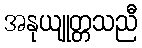
အနုယျုတ္တသညီ